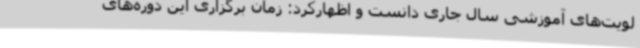
لویت‌های آموزشی سال جاری دانست و اظهارکرد: زمان برگزاری این دوره‌های